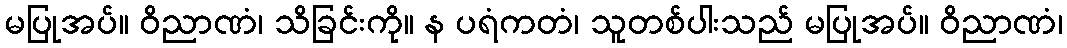
မပြုအပ်။ ဝိညာဏံ၊ သိခြင်းကို။ န ပရံကတံ၊ သူတစ်ပါးသည် မပြုအပ်။ ဝိညာဏံ၊